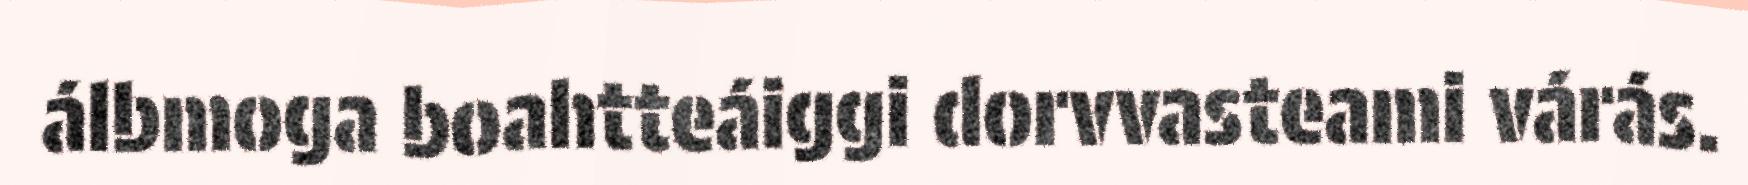
álbmoga boahtteáiggi dorvvasteami várás.